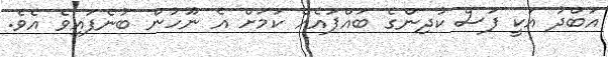
އަބްދު އަކީ ފަސް ކުދިންގެ ބައްޕައެއް ކަމަށް އެ ނޫހުން ބުނެފައިވެ އެވެ.